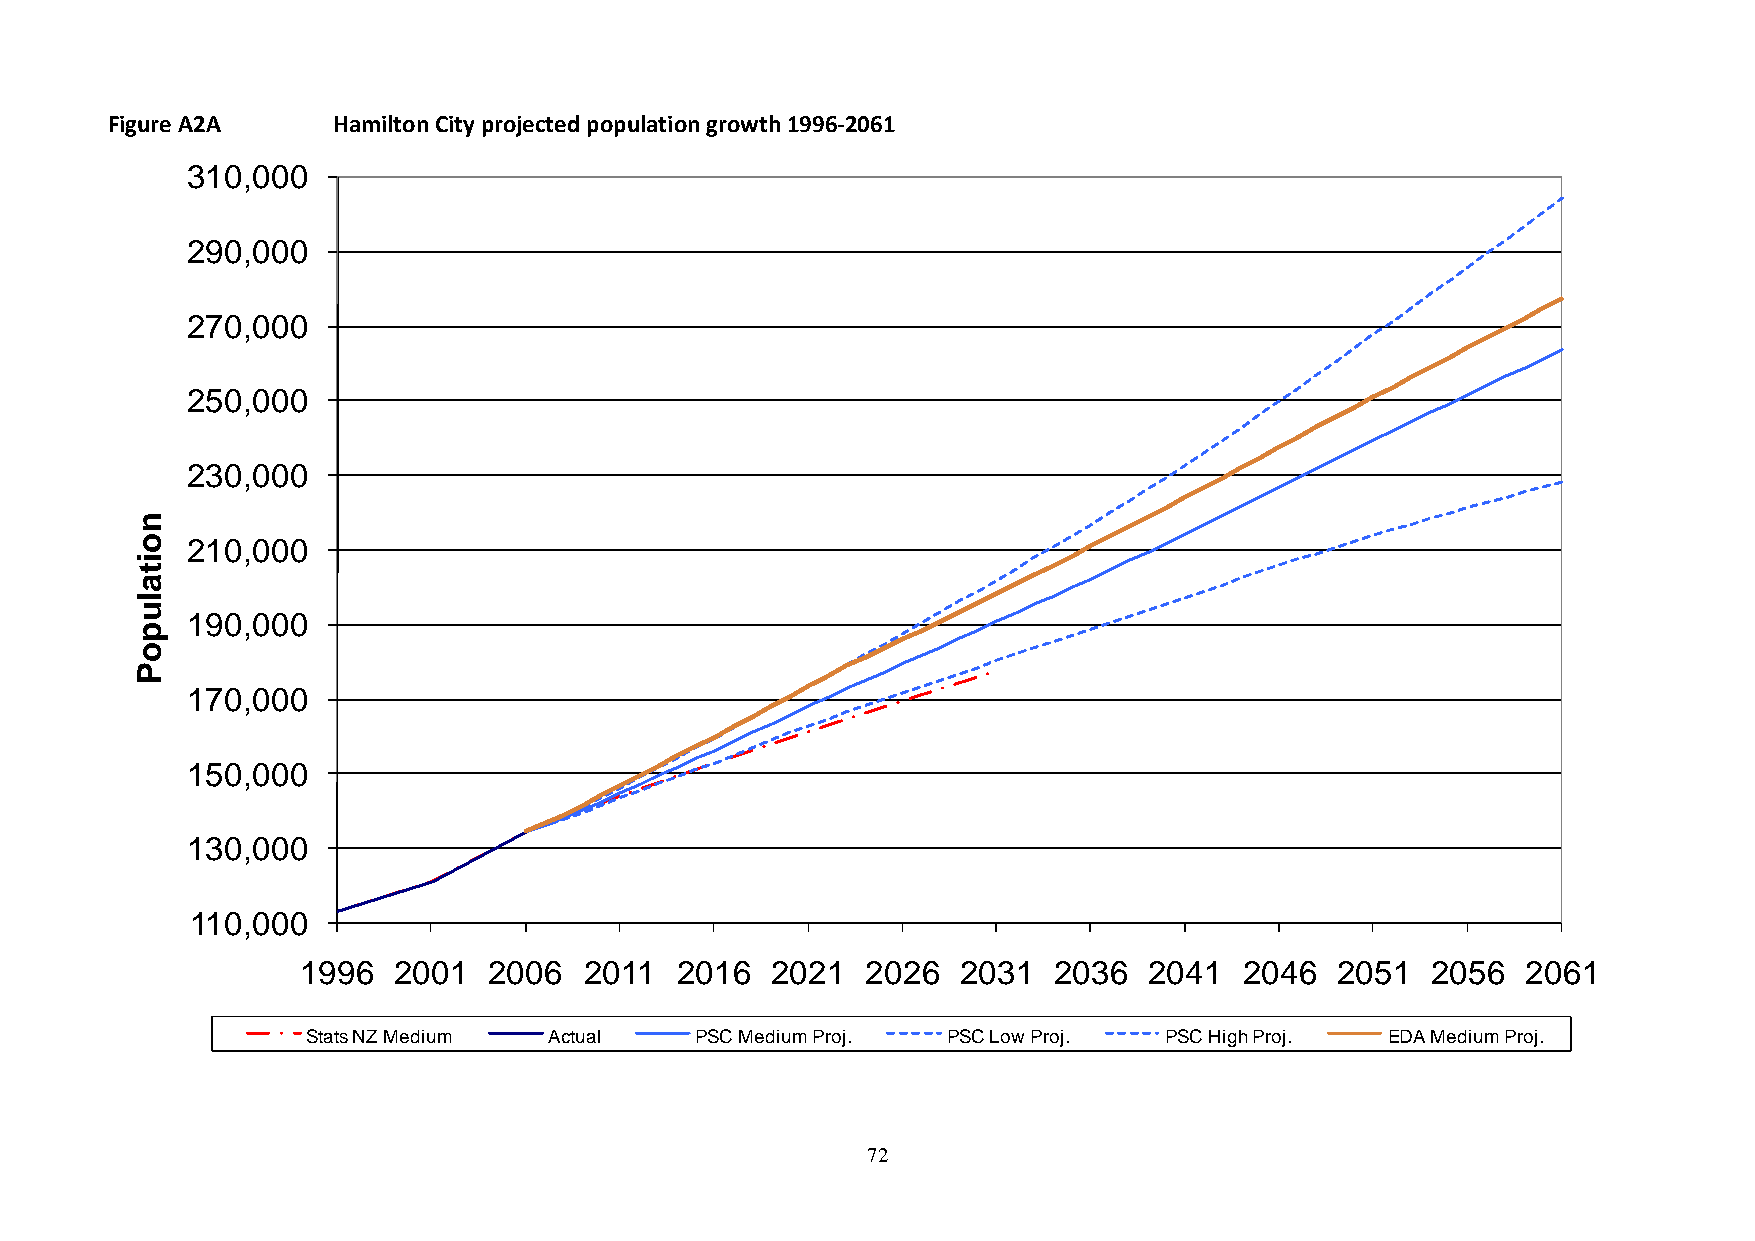
Figure A2A     Hamilton City projected population growth 1996-2061
 310,000
 290,000
 270,000
 250,000
 230,000
 n
 o  210,000
 i
 t
 a
 l
 u
 190,000
 p
 o
 P
 170,000
 150,000
 130,000
 110,000
 1996  2001  2006   2011  2016  2021  2026  2031   2036  2041  2046  2051   2056  2061
 Stats NZ Medium Actual    PSC Medium Proj. PSC Low Proj. PSC High Proj. EDA Medium Proj.
 72